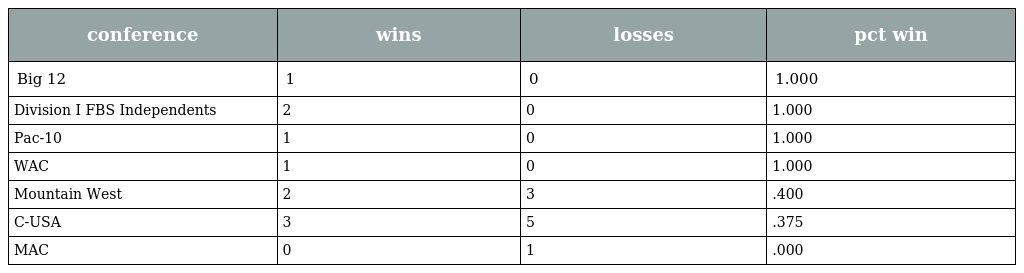
| conference | wins | losses | pct win |
 | --- | --- | --- | --- |
 | Big 12 | 1 | 0 | 1.000 |
 | Division I FBS Independents | 2 | 0 | 1.000 |
 | Pac-10 | 1 | 0 | 1.000 |
 | WAC | 1 | 0 | 1.000 |
 | Mountain West | 2 | 3 | .400 |
 | C-USA | 3 | 5 | .375 |
 | MAC | 0 | 1 | .000 |